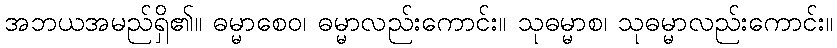
အဘယအမည်ရှိ၏။ ဓမ္မာစေဝ၊ ဓမ္မာလည်းကောင်း။ သုဓမ္မာစ၊ သုဓမ္မာလည်းကောင်း။